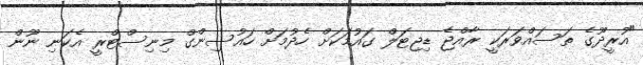
"އުރީދޫގެ ތަސައްވަރަކީ ރާއްޖެ ޑިޖިޓަލް ގައުމަކަށް ހެދުމަށް ހައުސިންގް މިނިސްޓްރީ އެކަނި ނޫން